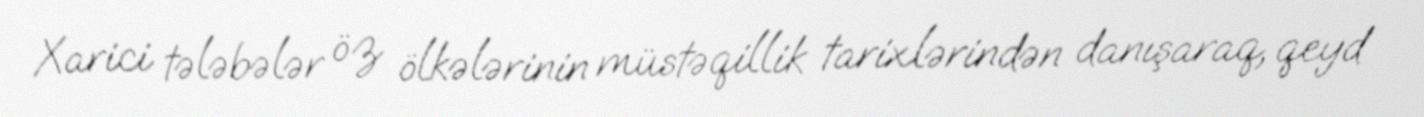
Xarici tələbələr öz ölkələrinin müstəqillik tarixlərindən danışaraq, qeyd